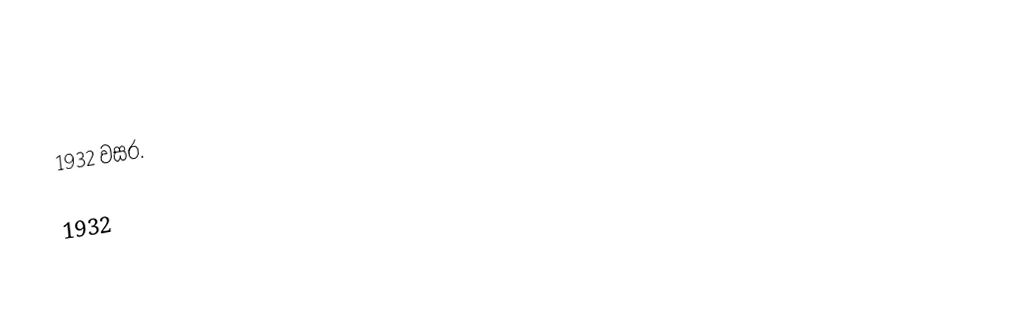
1932 වසර.

1932